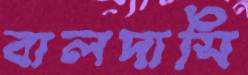
বালদাসি